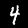
Label: 4